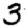
Digit: 3